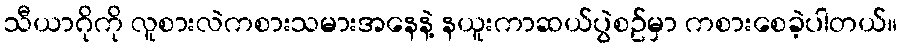
သီယာဂိုကို လူစားလဲကစားသမားအနေနဲ့ နယူးကာဆယ်ပွဲစဥ်မှာ ကစားစေခဲ့ပါတယ်။